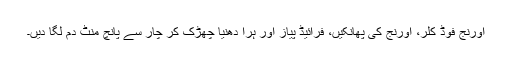
اورنج فوڈ کلر، اورنج کی پھانکیں، فرائیڈ پیاز اور ہرا دھنیا چھڑک کر چار سے پانچ منٹ دم لگا دیں۔